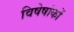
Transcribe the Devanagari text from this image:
विषेषांकों